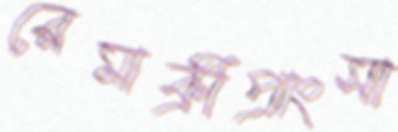
রেমাক্রীপ্রাংসা